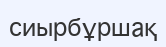
сиырбұршақ